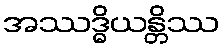
အဿဒ္ဓိယန္တိဿ